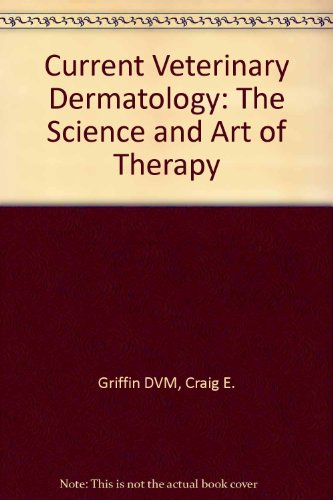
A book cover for Current Veterinary Dermatology: The Science and Art of Therapy, 1e; Craig E. Griffin DVM; Medical Books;